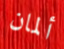
ألمان